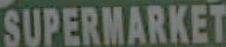
SUPERMARKET